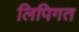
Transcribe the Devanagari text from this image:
लिपिगत